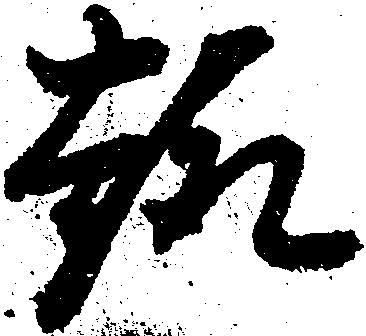
趣